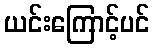
ယင်းကြောင့်ပင်